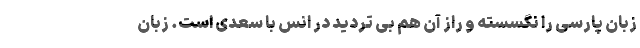
زبان پارسی را نگسسته و راز آن هم بی تردید در انس با سعدی است. زبان